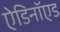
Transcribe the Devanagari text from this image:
ऐडिनॉएड